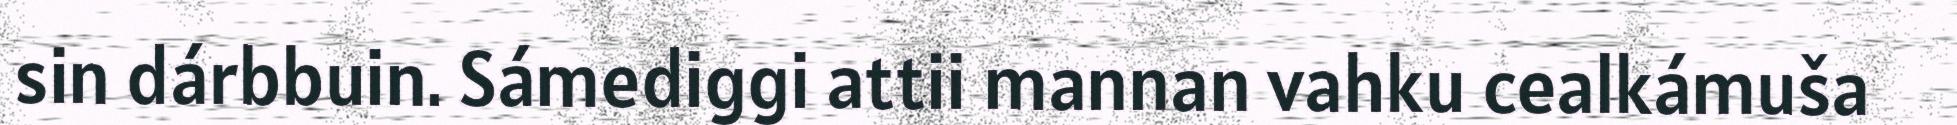
sin dárbbuin. Sámediggi attii mannan vahku cealkámuša